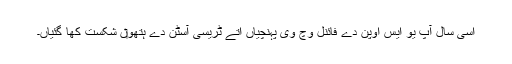
اُسی سال آپ یو ایس اوپن دے فائنل وچ وی پہنچیاں اُتے ٹریسی آسٹن دے ہتھو‏ں شکست کھا گئياں۔